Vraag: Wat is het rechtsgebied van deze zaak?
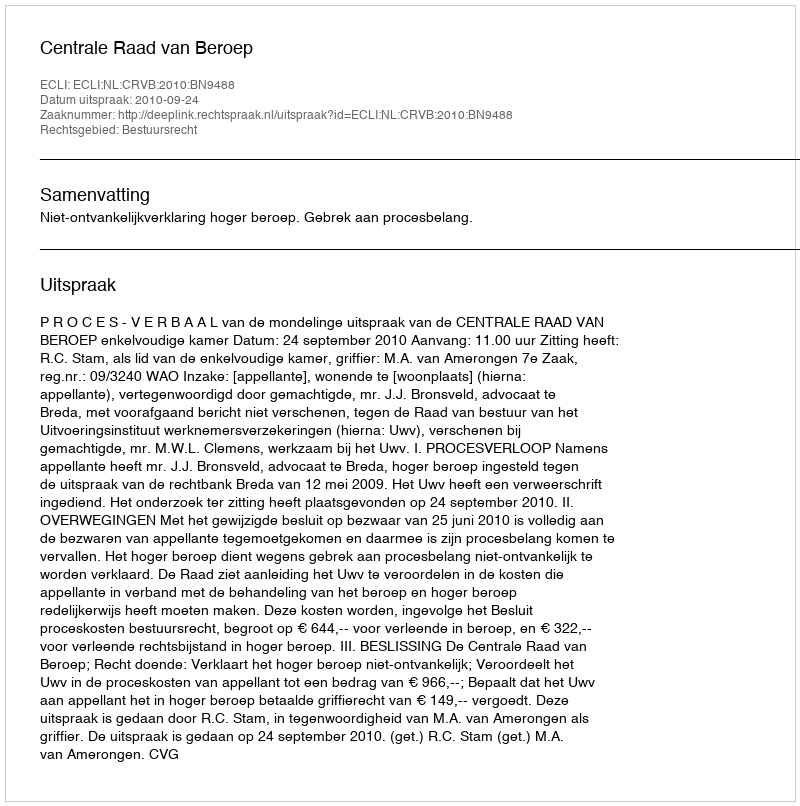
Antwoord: Bestuursrecht